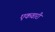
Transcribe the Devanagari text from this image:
एकवारी